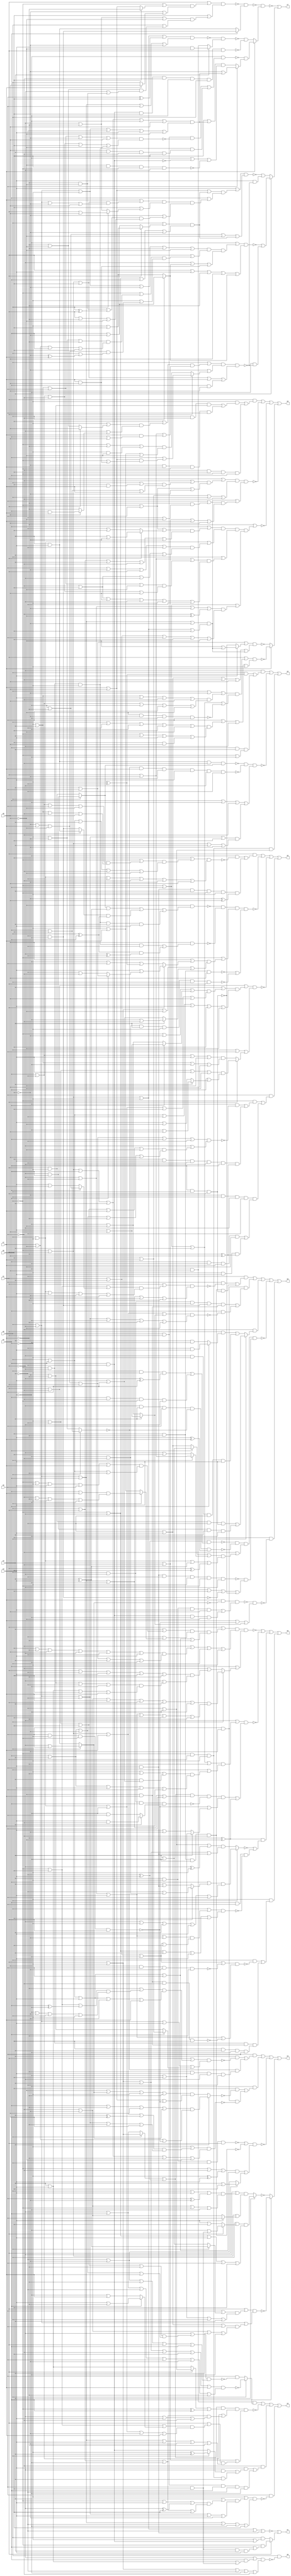
// Benchmark "quot_res" written by ABC on Sat Feb 25 04:18:00 2023

module quot_res ( 
    x0, x1, x2, x3, x4, x5, x6, x7, x8,
    z0, z1, z2, z3, z4, z5, z6, z7, z8, z9  );
  input  x0, x1, x2, x3, x4, x5, x6, x7, x8;
  output z0, z1, z2, z3, z4, z5, z6, z7, z8, z9;
  wire n21, n23, n24, n25, n27, n28, n29, n30, n31, n33, n34, n35, n36, n37,
    n38, n39, n40, n42, n43, n44, n45, n46, n47, n48, n49, n50, n51, n52,
    n53, n54, n55, n56, n58, n59, n60, n61, n62, n63, n64, n65, n66, n67,
    n68, n69, n70, n71, n72, n73, n74, n76, n77, n78, n79, n80, n81, n82,
    n83, n84, n85, n86, n87, n88, n89, n90, n92, n93, n94, n95, n96, n97,
    n98, n99, n100, n101, n102, n103, n104, n105, n106, n107, n108, n109,
    n110, n112, n113, n114, n115, n116, n117, n118, n119, n120, n121, n122,
    n123, n124, n125, n126, n127, n128, n129, n130, n132, n133, n134, n135,
    n136, n137, n138, n139, n140, n141, n142, n143, n144, n145, n146, n147,
    n148;
  assign z0 = x0 & ~n21;
  assign n21 = (~x1 | (x2 & (x3 | x4 | (x5 & x6)))) & (x1 | ~x2 | ~x3 | ~x4 | ~x5);
  assign z1 = ~n25 | (x1 ? (~x0 & (x2 | n24)) : (x0 & (~x2 | n23)));
  assign n23 = x2 & ~x3;
  assign n24 = x6 & x5 & x3 & x4;
  assign n25 = ~x0 | x1 | ~x2 | ~x3 | (x4 & x5);
  assign z2 = (~x1 & ((x0 & (~x2 ^ ~x3)) | (x2 & x3 & (~x0 | ~x4)))) | ~n27 | (~x0 & x1 & ~x2 & (~x3 | ~x4));
  assign n27 = ~n30 & ~n28 & (x2 | ~x4 | ~x5 | n31);
  assign n28 = ~n29 & x7 & x5 & x4 & ~x1 & ~x3;
  assign n29 = x0 ? (x2 | x6) : (~x2 | ~x6);
  assign n30 = x3 & x4 & ~x5 & (x0 ? (~x1 & x2) : (x1 & ~x2));
  assign n31 = (x0 | ~x1 | ~x3 | x6) & (~x0 | x1 | x3 | ~x6);
  assign z3 = n33 | ~n36 | n39 | (x5 & ~n40);
  assign n33 = ~x4 & x8 & (x0 ? ~n34 : (x5 & ~n35));
  assign n34 = (x1 | ~x2 | x3 | ~x5 | x6 | x7) & (~x1 | x2 | ~x3 | x5 | ~x6 | ~x7);
  assign n35 = (~x1 | ((~x2 | ~x3 | x6 | ~x7) & (x2 | x3 | ~x6 | x7))) & (~x3 | ~x6 | ~x7 | x1 | x2);
  assign n36 = n38 & (x3 | ~x5 | n37);
  assign n37 = (x1 | ((~x0 | x6 | (x2 ? (x4 | ~x7) : (~x4 | x7))) & (x0 | ~x2 | ~x4 | ~x6 | x7))) & (x0 | ~x1 | x2 | x4 | ~x6 | ~x7);
  assign n38 = ((x0 ? (x1 | ~x2) : (~x1 | x2)) | (~x3 ^ x4)) & ((x1 ? (~x3 | ~x4) : (x3 | x4)) | (~x0 ^ x2)) & (x2 | ~x3 | ((x0 | x1 | ~x4) & (~x1 | x4 | ~x5)));
  assign n39 = ~x5 & ((x4 & ((~x1 & (x0 ? (~x2 ^ x3) : (x2 & ~x3))) | (~x0 & x1 & ~x2 & x3))) | (x0 & x1 & x2 & ~x3 & ~x4));
  assign n40 = (~x2 | ((x3 | ((~x0 | x4 | (~x1 ^ x6)) & (x0 | x1 | ~x4 | x6))) & (x0 | ~x1 | ~x3 | x4 | ~x6))) & (x0 | ~x1 | x2 | ~x3 | ~x4 | x6);
  assign z4 = n42 | n45 | ~n53 | (x2 ? ~n52 : ~n51);
  assign n42 = x5 & ((x3 & ~n43) | (~n29 & n44));
  assign n43 = (x1 | ((~x7 | ((~x0 | x6 | (x2 ^ ~x4)) & (~x4 | ~x6 | x0 | ~x2))) & (x0 | x2 | x4 | ~x6 | x7))) & (x0 | ~x1 | x4 | (x2 ? (x6 | x7) : (~x6 | ~x7)));
  assign n44 = ~x7 & x4 & ~x1 & ~x3;
  assign n45 = ~x4 & ((x6 & ~n47) | (n46 & ~n50));
  assign n46 = x5 & ~x6;
  assign n47 = x3 ? ((x2 | ~x7 | x8 | n48) & (x7 | ~x8 | ~n49)) : ((~x8 | n48 | ~x2 | ~x7) & (x7 | x8 | ~n49));
  assign n48 = x0 ? (~x1 | x5) : (x1 | ~x5);
  assign n49 = x5 & ~x2 & ~x0 & x1;
  assign n50 = (~x2 | ((~x0 | x1 | x7 | (x3 ^ x8)) & (x0 | ~x1 | ~x3 | ~x7 | x8))) & (~x0 | x1 | x2 | x3 | ~x7 | ~x8);
  assign n51 = x3 ? ((x0 | (x1 ? (~x4 | (x5 & x6)) : (x4 | x6))) & (~x0 | ~x1 | x4 | x5 | x6)) : ((~x1 | ((x0 | x4 | (x5 ^ ~x6)) & (~x5 | ~x6 | ~x0 | ~x4))) & (~x0 | x1 | (x4 ? x5 : (~x5 | ~x6))));
  assign n52 = (x1 | ((x5 | (x0 ? (x3 ^ x4) : (x3 | ~x4))) & (~x4 | x6 | x0 | x3))) & (x0 | ~x1 | ((~x3 | x4 | x5) & (~x5 | ~x6 | x3 | ~x4)));
  assign n53 = (~n55 | ~n56) & (n54 | (x1 ? (x3 | x6) : (~x3 | ~x6)));
  assign n54 = (~x0 | ~x5 | (~x2 ^ x4)) & (x0 | x2 | x4 | x5);
  assign n55 = x3 & ~x2 & x0 & x1;
  assign n56 = ~x7 & x6 & ~x4 & ~x5;
  assign z5 = n58 | n61 | n66 | ~n69 | (x6 & ~n67);
  assign n58 = ~x3 & ((x5 & ~n59) | (n56 & n60));
  assign n59 = (x1 | ((~x0 | x6 | (x2 ? (~x4 | ~x7) : (x4 | x7))) & (x0 | ~x2 | x4 | ~x6 | x7))) & (x0 | ~x1 | x2 | ~x4 | ~x6 | ~x7);
  assign n60 = x2 & x0 & x1;
  assign n61 = n46 & ((n62 & n63 & n64) | (x2 & ~n65));
  assign n62 = x0 & ~x1 & ~x2;
  assign n63 = ~x3 & ~x4;
  assign n64 = x7 & ~x8;
  assign n65 = (~x0 | x1 | x7 | (x3 ? (x4 | x8) : (~x4 | ~x8))) & (x0 | ~x1 | ~x3 | ~x4 | ~x7 | ~x8);
  assign n66 = ~x5 & (x0 ? ((x1 & ~x2 & ~x3 & x4) | (~x1 & x2 & x3 & ~x4)) : ((x1 & (x2 ? (~x3 & x4) : (x3 & ~x4))) | (~x1 & ~x2 & ~x3 & x4)));
  assign n67 = ~n68 & (x7 | ~n49 | (x3 ? (x4 | x8) : (~x4 | ~x8)));
  assign n68 = x7 & ~n48 & ((~x2 & x3 & x4 & x8) | (x2 & ~x3 & ~x4 & ~x8));
  assign n69 = ~n71 & ~n72 & (~x5 | n70) & n73;
  assign n70 = ((x2 ? (x3 | ~x4) : (~x3 | x4)) | (x0 ? (x1 | ~x6) : (~x1 | x6))) & (x0 | ~x2 | (x3 ^ x4) | (x1 ^ x6));
  assign n71 = (~x3 ^ x4) & ((x0 & ~x2 & (~x1 ^ x5)) | (x2 & ~x5 & ~x0 & ~x1));
  assign n72 = ~x1 & x3 & x5 & ~n29 & (x4 ^ x7);
  assign n73 = ~n74 & (x5 | x6 | ~n63 | ~n60);
  assign n74 = x5 & x4 & ~x3 & ~x2 & ~x0 & ~x1;
  assign z6 = n81 | ~n85 | ~n87 | (x7 ? ~n76 : ~n82);
  assign n76 = (x1 | n77) & (x5 | n80 | ~x1 | ~x2);
  assign n77 = (x0 | ~x6 | n78) & (~x0 | x2 | x3 | ~n79);
  assign n78 = (~x2 | x3 | x4 | ~x5 | x8) & (x2 | ~x3 | ~x4 | x5 | ~x8);
  assign n79 = ~x8 & ~x6 & ~x4 & x5;
  assign n80 = (x0 | ~x3 | ~x4 | x6 | ~x8) & (~x0 | x3 | x4 | (x6 & x8));
  assign n81 = x1 & ((~x2 & ((x0 & ~x5 & (~x6 | ~x7)) | (~x6 & x7 & ~x0 & x5))) | (~x5 & x6 & ~x0 & x2));
  assign n82 = (x3 | x5 | (x4 ? (~x8 | n83) : ~n84)) & (~x3 | x4 | ~x5 | x8 | n83);
  assign n83 = (x0 | ~x1 | x2 | ~x6) & (~x0 | x1 | ~x2 | x6);
  assign n84 = x2 & x0 & x1;
  assign n85 = n86 & (n83 | ((x5 | (~x7 & (~x3 | ~x8))) & (x3 | ~x5 | x7 | x8)));
  assign n86 = (x1 | ((~x5 | ((x0 | (x6 & x7)) & (x2 | x6 | x7))) & (~x0 | x5 | ~x6))) & (x6 | x7 | x0 | ~x5);
  assign n87 = ~x7 | (n88 & (x0 | n89) & (~x0 | x2 | n90));
  assign n88 = (x2 | ((~x0 | x5 | (x1 ? (x3 | ~x6) : (~x3 | x6))) & (x0 | x1 | x3 | ~x5 | ~x6))) & (x0 | ~x2 | ((x5 | ~x6 | x1 | ~x3) & (~x5 | x6 | ~x1 | x3)));
  assign n89 = (x1 | ~x6 | ((~x2 | x3 | x5 | ~x8) & (x2 | ~x3 | ~x5 | x8))) & (~x5 | x6 | x8 | ~x1 | ~x2 | ~x3);
  assign n90 = (~x1 | ~x3 | ~x6 | (~x5 ^ ~x8)) & (x1 | x3 | x5 | x6 | ~x8);
  assign z7 = ~n93 | (x3 ? (~n108 | (~x4 & ~n92)) : (~n105 | (x4 & ~n92)));
  assign n92 = (x0 | ((x6 | ((~x2 | (x1 ? x8 : (~x7 | ~x8))) & (~x1 | (x8 ? (x2 & x7) : ~x7)))) & (x1 | ~x6 | (x7 & (x2 | x8))))) & (~x6 | (x1 ? (x2 | ((x7 | x8) & (~x0 | (x7 & x8)))) : ((~x0 | ~x7 | (~x2 & ~x8)) & (~x2 | x7 | ~x8)))) & (~x0 | x1 | x6 | x7 | (x2 & x8));
  assign n93 = ~n100 & (x7 ? (~n94 & n97) : (~n102 & ~n104));
  assign n94 = ~x4 & ((x0 & x1 & ~n95) | (~x0 & ~x1 & ~x2 & n96));
  assign n95 = (~x2 | x3 | x5 | ~x6 | x8) & (x2 | ~x3 | ~x5 | x6 | ~x8);
  assign n96 = x8 & x3 & ~x5 & x6;
  assign n97 = x5 ? (~x6 | n98) : ((x6 | n98) & (~x4 | ~n23 | ~n99));
  assign n98 = (~x0 | x1 | x2 | x3 | ~x4 | x8) & (x0 | ~x1 | ~x2 | ~x3 | x4 | ~x8);
  assign n99 = ~x8 & x6 & ~x0 & ~x1;
  assign n100 = ~n101 & (x2 ? (~x3 & ~x4) : (x3 & x4));
  assign n101 = (x1 | ((~x0 | (x6 ? ~x7 : (x7 | x8))) & (~x6 | (x7 ? x8 : x0)))) & (x6 | ((~x1 | ~x7 | ~x8) & (x0 | ((~x7 | ~x8) & (~x1 | (~x7 & ~x8))))));
  assign n102 = ~n103 & (x3 ? (x4 & ~x8) : (~x4 & x8));
  assign n103 = (~x0 | x1 | ~x2 | (x5 ^ x6)) & (x0 | ~x1 | x2 | x5 | ~x6);
  assign n104 = n23 & x6 & ~x5 & ~x4 & x0 & x1;
  assign n105 = (x4 | ((x7 | x8 | n106) & (x2 | n107))) & (~x4 | ~x7 | ~x8 | n106);
  assign n106 = (x0 | (x1 ? (~x2 | x6) : (x2 | ~x6))) & (~x0 | ~x1 | x2 | ~x6);
  assign n107 = (x7 | ((~x0 | x1 | x6) & (x0 | ~x1 | ~x6 | x8))) & (x6 | (x0 ? (x1 | x8) : (~x1 | ~x7))) & (~x6 | (((~x7 & ~x8) | (x0 ^ x1)) & (x1 | ~x7 | ~x8)));
  assign n108 = (~x4 | (n110 & (~x1 | n109 | (x7 & x8)))) & (x1 | x4 | ~x7 | x8 | n109);
  assign n109 = x0 ? (x2 | ~x6) : (~x2 | x6);
  assign n110 = (x0 | ~x1 | ~x2 | ~x6 | ~x7 | ~x8) & (x1 | ((~x0 | ((~x2 | ~x6 | ~x7) & (x7 | ~x8 | x2 | x6))) & (~x2 | ((~x6 | x7 | ~x8) & (x0 | (~x6 ^ x7))))));
  assign z8 = ~n125 | ~n120 | n112 | n115;
  assign n112 = (~x7 ^ ~x8) & (~n114 | (x2 & x5 & ~n113));
  assign n113 = (x0 | ((~x1 | ~x3 | x4 | ~x6) & (x1 | x3 | ~x4 | x6))) & (~x0 | ~x1 | x3 | x4 | x6);
  assign n114 = x0 ? ((x2 | (x1 ? (~x3 | (~x4 & ~x5)) : (x3 | (x4 & x5)))) & (~x1 | ~x2 | x3 | x4 | x5)) : ((~x3 | ~x4 | (~x1 ^ ~x2)) & (x1 | ~x2 | x3 | (x4 & x5)));
  assign n115 = ~x2 & ((x0 & ~n116) | (~x0 & ~x1 & n64 & n119));
  assign n116 = (x1 | x3 | ~x4 | ~n117) & (~x1 | ~x3 | x4 | ~n118);
  assign n117 = x8 & x5 & ~x6 & ~x7;
  assign n118 = ~x8 & x7 & ~x5 & x6;
  assign n119 = x6 & x3 & ~x4 & x5;
  assign n120 = (~x1 | n121) & (n122 | (~x7 ^ ~x8));
  assign n121 = (~x0 | x2 | x3 | ~x7) & (x0 | ((~x2 | ~x7 | (x3 & (x4 | x5))) & (x2 | x3 | x4 | x5 | x7)));
  assign n122 = n123 & ~n124 & (~n49 | (x3 ? (~x4 | x6) : (x4 | ~x6)));
  assign n123 = ((x0 ? (x1 | ~x2) : (~x1 | x2)) | (~x3 ^ x4)) & (x0 | ~x1 | x2 | ~x4 | x5);
  assign n124 = x0 & ~x1 & x2 & (x3 ? (x4 & ~x5) : (~x4 & x5));
  assign n125 = n128 & (x2 | (x0 ? n126 : (~x5 | n127)));
  assign n126 = (~x5 | ~x6 | x7 | x1 | x3 | ~x4) & (~x1 | ~x3 | x4 | x5 | x6 | ~x7);
  assign n127 = (x1 | ~x3 | x4 | x6 | ~x7) & (~x1 | ((~x6 | ~x7 | ~x3 | ~x4) & (x3 | x4 | x6 | x7)));
  assign n128 = (x1 | n129) & (~x5 | n130 | x0 | ~x2);
  assign n129 = (x3 | ((~x0 | ~x2 | x4 | x5 | x7) & (x0 | x2 | ~x7))) & (~x3 | (x0 ? ((x2 | x7) & (~x5 | ~x7 | ~x2 | ~x4)) : (~x2 | x7))) & (x0 | x2 | x4 | x5 | ~x7);
  assign n130 = (x6 | ~x7 | x8 | ~x1 | ~x3 | x4) & (~x6 | x7 | ~x8 | x1 | x3 | ~x4);
  assign z9 = n137 | ~n140 | ~n146 | (x5 & (n132 | n135));
  assign n132 = ~x0 & ((~x4 & ~n133) | (n134 & (~x7 ^ x8)));
  assign n133 = (~x6 | x7 | ~x8 | x1 | x2 | ~x3) & (~x1 | ((~x2 | ~x3 | x6 | x7 | ~x8) & (x2 | x3 | ~x6 | ~x7 | x8)));
  assign n134 = x6 & x4 & ~x3 & ~x1 & x2;
  assign n135 = n136 & ((x2 & ~x4 & x7 & ~x8) | (~x2 & x4 & (~x7 ^ x8)));
  assign n136 = ~x6 & x0 & ~x1 & ~x3;
  assign n137 = x1 & ((~x4 & ~n138) | (n139 & (~x6 ^ x8)));
  assign n138 = (x6 | ((~x0 | ((x2 | ~x3 | x5 | ~x8) & (~x2 | x3 | ~x5 | x8))) & (x0 | x2 | x3 | ~x5 | ~x8))) & (x0 | ~x2 | ~x3 | ~x5 | ~x6 | x8);
  assign n139 = x5 & x4 & x3 & ~x0 & ~x2;
  assign n140 = ~n143 & ~n144 & (~x0 | n142) & (~n141 | ~n145);
  assign n141 = x6 & ~x7 & x8;
  assign n142 = (x8 | (x1 ? (x4 | (x2 ? (x3 | x5) : (~x3 | ~x5))) : (~x4 | x5 | (~x2 ^ ~x3)))) & (x1 | ~x2 | ~x8 | (x3 ? (~x4 | ~x5) : (x4 | x5)));
  assign n143 = ~x8 & (((x0 ? (~x1 & x2) : (x1 & ~x2)) & (x3 ^ x4)) | ((x1 ? (x3 & x4) : (~x3 & ~x4)) & (x0 ^ x2)) | (~x0 & ~x1 & ~x2 & x3 & x4));
  assign n144 = x8 & ((~x0 & ~x1 & ~x2 & ~x3) | ((x0 ^ x2) & (~x1 ^ ~x3)));
  assign n145 = ~x5 & ~x4 & x3 & ~x2 & x0 & x1;
  assign n146 = (x1 | ~x5 | n148) & (x0 | x5 | n147);
  assign n147 = x1 ? ((~x2 | ~x3 | x4 | ~x8) & (x2 | (x3 ? (~x4 | x8) : (x4 | ~x8)))) : ((x2 | ~x3 | x4 | ~x8) & (~x2 | x3 | ~x4 | x8));
  assign n148 = (x3 | ((~x0 | ~x6 | (x2 ? (x4 | x8) : (~x4 | ~x8))) & (x0 | ~x2 | ~x4 | x6 | x8))) & (x0 | x2 | ~x3 | x4 | x6 | ~x8);
endmodule